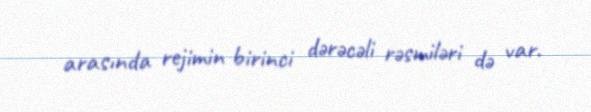
arasında rejimin birinci dərəcəli rəsmiləri də var.